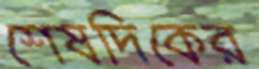
শেষদিকের